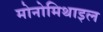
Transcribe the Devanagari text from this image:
मोनोमिथाइल